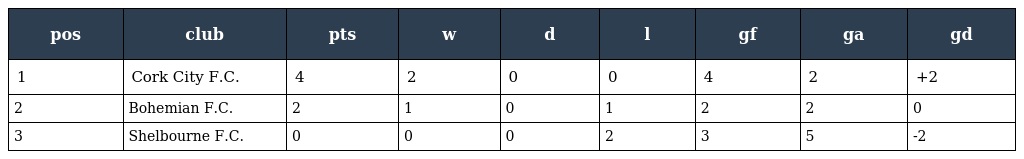
| pos | club | pts | w | d | l | gf | ga | gd |
 | --- | --- | --- | --- | --- | --- | --- | --- | --- |
 | 1 | Cork City F.C. | 4 | 2 | 0 | 0 | 4 | 2 | +2 |
 | 2 | Bohemian F.C. | 2 | 1 | 0 | 1 | 2 | 2 | 0 |
 | 3 | Shelbourne F.C. | 0 | 0 | 0 | 2 | 3 | 5 | -2 |